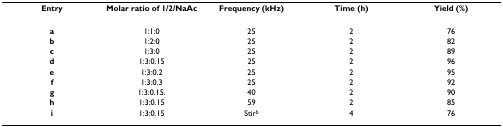
<table><thead><tr><td><b>Entry</b></td><td><b>Molar ratio of 1/2/NaAc</b></td><td><b>Frequency (kHz)</b></td><td><b>Time (h)</b></td><td><b>Yield (%)</b></td></tr></thead><tbody><tr><td><b>a</b></td><td>1:1:0</td><td>25</td><td>2</td><td>76</td></tr><tr><td><b>b</b></td><td>1:2:0</td><td>25</td><td>2</td><td>82</td></tr><tr><td><b>c</b></td><td>1:3:0</td><td>25</td><td>2</td><td>89</td></tr><tr><td><b>d</b></td><td>1:3:0.15</td><td>25</td><td>2</td><td>96</td></tr><tr><td><b>e</b></td><td>1:3:0.2</td><td>25</td><td>2</td><td>95</td></tr><tr><td><b>f</b></td><td>1:3:0.3</td><td>25</td><td>2</td><td>92</td></tr><tr><td><b>g</b></td><td>1:3:0.15.</td><td>40</td><td>2</td><td>90</td></tr><tr><td><b>h</b></td><td>1:3:0.15</td><td>59</td><td>2</td><td>85</td></tr><tr><td><b>i</b></td><td>1:3:0.15</td><td>Stir<sup>b</sup></td><td>4</td><td>76</td></tr></tbody></table>